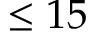
\le 1 5